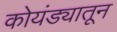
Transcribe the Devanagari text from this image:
कोयंड्यातून